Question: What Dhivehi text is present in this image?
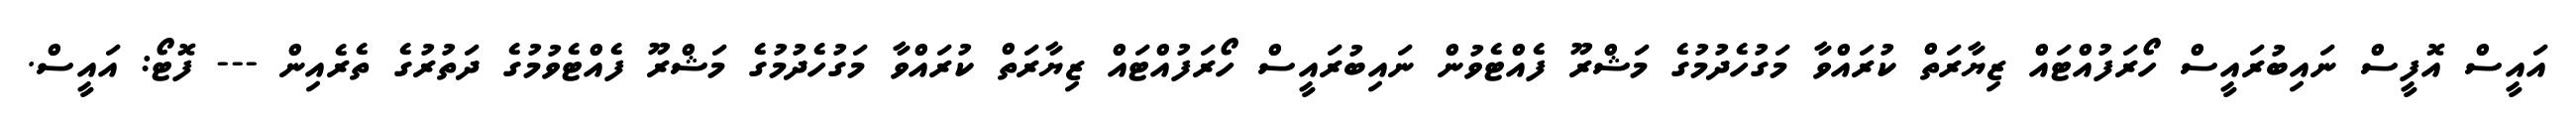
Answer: އައީސް އޮފީސް ނައިބުރައީސް ހޯރަފުއްޓައް ޒިޔާރަތް ކުރައްވާ މަގުހެދުމުގެ މަޝްރޫ ފެއްޓެވުން ނައިބުރައީސް ހޯރަފުއްޓައް ޒިޔާރަތް ކުރައްވާ މަގުހެދުމުގެ މަޝްރޫ ފެއްޓެވުމުގެ ދަތުރުގެ ތެރެއިން --- ފޮޓޯ: އައީސް.